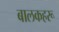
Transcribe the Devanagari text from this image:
बालकहरू